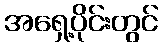
အရှေ့ပိုင်းတွင်